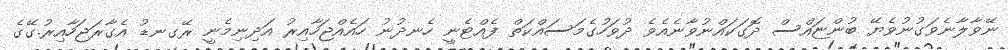
ނޭވާލާނެވަގުނުވެޔޭ ބުންޏައްސް ދޮގަކައްނުވާނެއެވެ ދުވަހުގެމަސައްކަތް ފެއްޓެނީ ހެނދުނު ހައެއްޖަހާއިރު އަދިނިމެނީ ރޭގނޑު އެގާރަޖަހާއިރު.ގޭގެ